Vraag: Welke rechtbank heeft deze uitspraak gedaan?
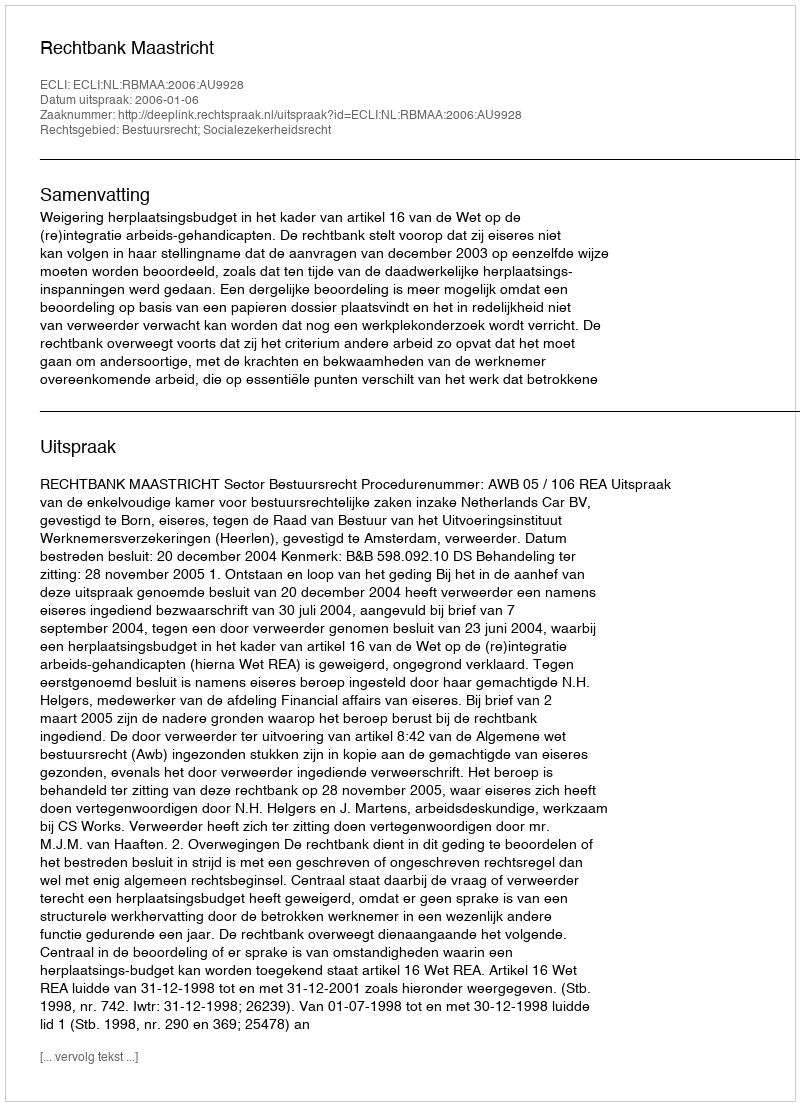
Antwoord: Rechtbank Maastricht